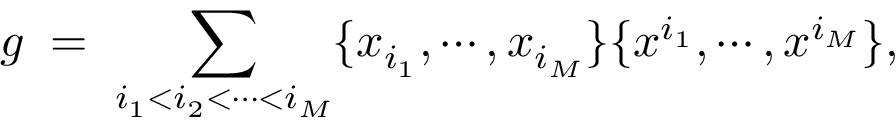
g \; = \; \sum _ { i _ { 1 } < i _ { 2 } < \cdots < i _ { M } } \{ x _ { i _ { 1 } } , \cdots , x _ { i _ { M } } \} \{ x ^ { i _ { 1 } } , \cdots , x ^ { i _ { M } } \} ,